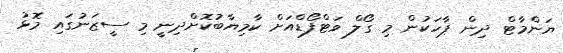
ޔަންމާޓް ދިން ޕާހަކުން މި ގޯލް ވަޓްފޯޑްއަށް ކާމިޔާބުކޮށްދިނީ މި ސީޒަނުގައި މޮޅު